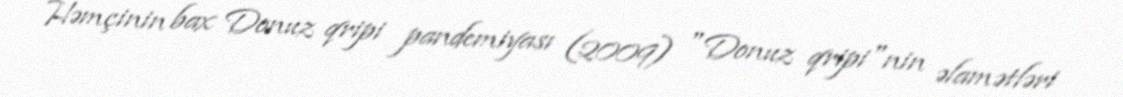
Həmçinin bax Donuz qripi pandemiyası (2009) "Donuz qripi"nin əlamətləri